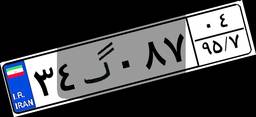
۳۰گ۸۰۶۹۵